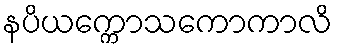
နပိယက္ကောသကောကာလိ